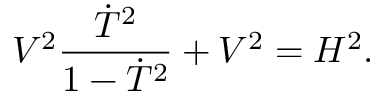
V ^ { 2 } { \frac { \dot { T } ^ { 2 } } { 1 - \dot { T } ^ { 2 } } } + V ^ { 2 } = { \cal H } ^ { 2 } .